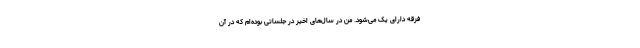
فرقه دارای یک می‌شود. من در سال‌های اخیر در جلساتی بوده‌ام که در آن